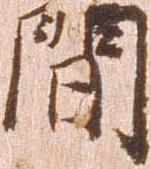
間